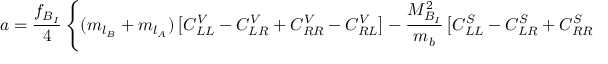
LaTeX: a = { \frac { f _ { B _ { I } } } { 4 } } \left\{ ( m _ { l _ { B } } + m _ { l _ { A } } ) \left[ C _ { L L } ^ { V } - C _ { L R } ^ { V } + C _ { R R } ^ { V } - C _ { R L } ^ { V } \right] - { \frac { M _ { B _ { I } } ^ { 2 } } { m _ { b } } } \left[ C _ { L L } ^ { S } - C _ { L R } ^ { S } + C _ { R R } ^ { S } - C _ { R L } ^ { S } \right] \right\}